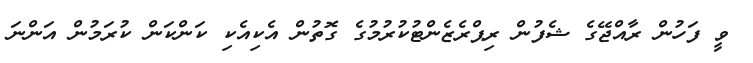
ވީ ފަހުން ރާއްޖޭގެ ޝެފުން ރިޕްރެޒެންޓުކުރުމުގެ ގޮތުން އެކިއެކި ކަންކަން ކުރަމުން އަންނަ